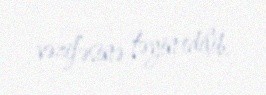
vəzifəsinə təyin edilib.